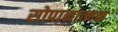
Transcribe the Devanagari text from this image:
सोपानात्मक